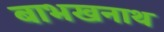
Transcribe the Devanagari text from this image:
बाभखनाथ